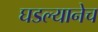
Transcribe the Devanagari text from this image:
घडल्यानेच